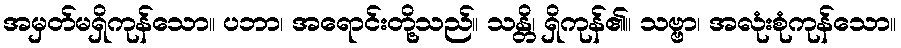
အမှတ်မရှိကုန်သော။ ပဘာ၊ အရောင်းတို့သည်။ သန္တိ၊ ရှိကုန်၏။ သဗ္ဗာ၊ အလုံးစုံကုန်သော။